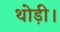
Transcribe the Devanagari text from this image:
थोड़ी।